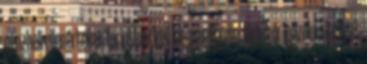
pénzbeli ellenértéket forintban kell kiegyenlítenie. Ilyenkor igazolnia kell azt